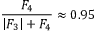
\frac { F _ { 4 } } { \left| F _ { 3 } \right| + F _ { 4 } } \approx 0 . 9 5